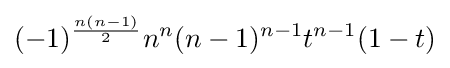
(-1)^{\frac {n(n-1)}{2}}n^{n}(n-1)^{n-1}t^{n-1}(1-t)